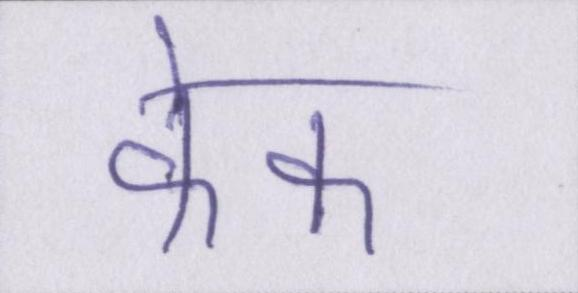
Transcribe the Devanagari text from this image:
केक